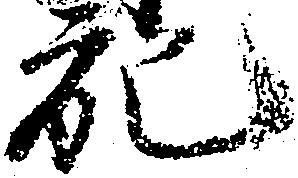
充